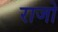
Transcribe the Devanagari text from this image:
राजो